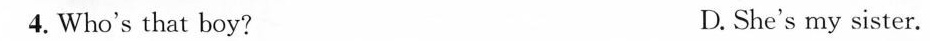
4.Who's that boy? D. She's my sister.